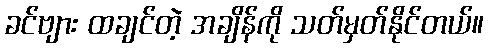
ခင်ဗျား ထချင်တဲ့ အချိန်ကို သတ်မှတ်နိုင်တယ်။